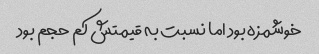
خوشمزه بود اما نسبت به قیمتش کم حجم بود